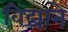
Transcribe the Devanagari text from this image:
विद्याने